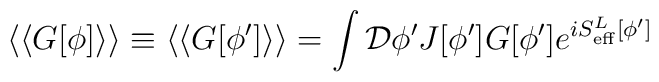
\langle\langle G[\phi]\rangle\rangle\equiv\langle\langle G[\phi^\prime]\rangle\rangle=\int {\cal D}\phi^\prime J[\phi^\prime]G[\phi^\prime]e^{iS_{\rm eff}^L[\phi^\prime]}